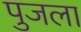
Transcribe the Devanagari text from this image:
पुजला